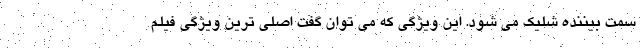
سمت بیننده شلیک می شود. این ویژگی که می توان گفت اصلی ترین ویژگی فیلم